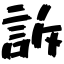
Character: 訴